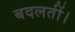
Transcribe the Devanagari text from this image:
बदलतीं।